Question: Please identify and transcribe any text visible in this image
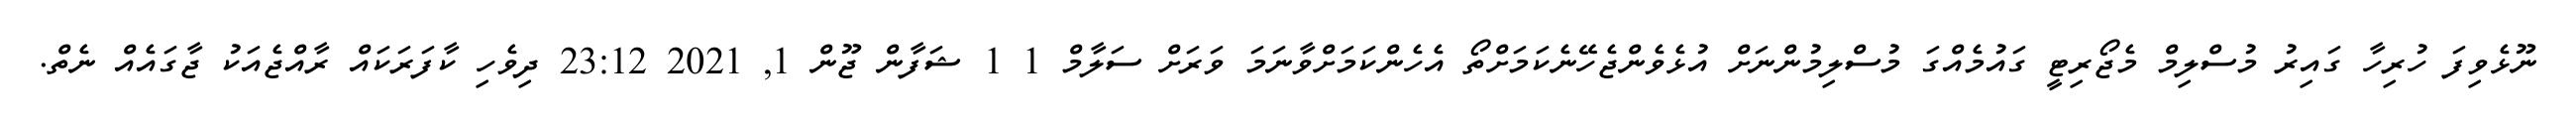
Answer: ނޫޅެވިފަ ހުރިހާ ގައިރު މުސްލިމް މެޖޯރިޓީ ގައުމެއްގަ މުސްލިމުންނަށް އުޅެވެންޖެހޭނެކަމަށްތޯ އެހެންކަމަށްވާނަމަ ވަރަށް ސަލާމް 1 1 ޝަފާން ޖޫން 1, 2021 23:12 ދިވެހި ކާފަރަކައް ރާއްޖެއަކު ޖާގައެއް ނެތް.